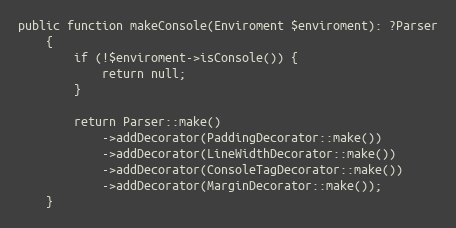
Language: PHP
public function makeConsole(Enviroment $enviroment): ?Parser
    {
        if (!$enviroment->isConsole()) {
            return null;
        }

        return Parser::make()
            ->addDecorator(PaddingDecorator::make())
            ->addDecorator(LineWidthDecorator::make())
            ->addDecorator(ConsoleTagDecorator::make())
            ->addDecorator(MarginDecorator::make());
    }